Plague in India, 1896, 1897 - Volume 3
Year: 1896
Disease focus: Plague
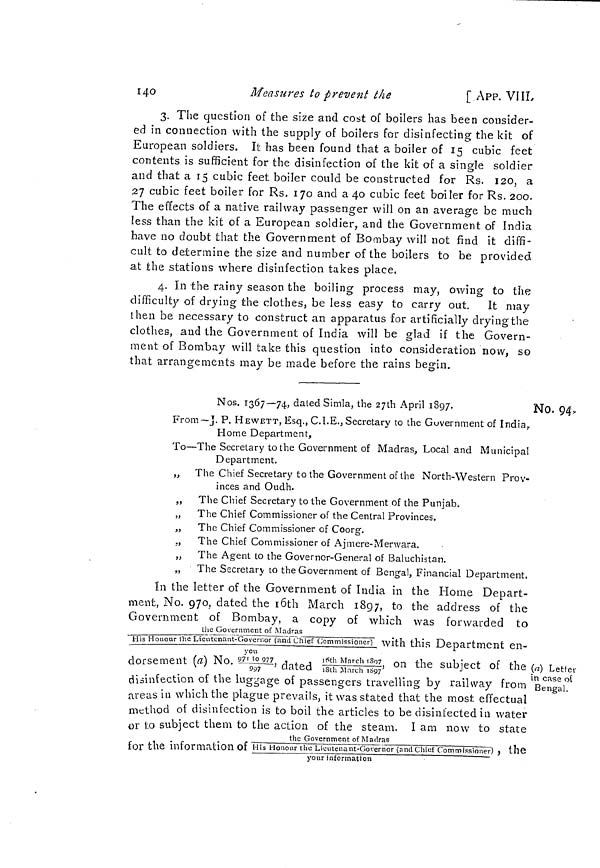
140
Measures to prevent the
[ APP. VIII
3. The question of the size and cost of boilers has been consider-
ed in connection with the supply of boilers for disinfecting the kit of
European soldiers. It has been found that a boiler of 15 cubic feet
contents is sufficient for the disinfection of the kit of a single soldier
and that a 15 cubic feet boiler could be constructed for Rs. 120, a
27 cubic feet boiler for Rs. 170 and a 40 cubic feet boiler for Rs. 200.
The effects of a native railway passenger will on an average be much
less than the kit of a European soldier, and the Government of India
have no doubt that the Government of Bombay will not find it diffi-
cult to determine the size and number of the boilers to be provided
at the stations where disinfection takes place.
4. In the rainy season the boiling process may, owing to the
difficulty of drying the clothes, be less easy to carry out. It may
then be necessary to construct an apparatus for artificially drying the
clothes, and the Government of India will be glad if the Govern-
ment of Bombay will take this question into consideration now, so
that arrangements may be made before the rains begin.
No. 94.
Nos. 1367—74, dated Simla, the 27th April 1897.
j
From—J. P. HEWETT, Esq., C.I.E., Secretary to the Government of India,
Home Department,
To—The Secretary to the Government of Madras, Local and Municipal
Department.
„ The Chief Secretary to the Government of the North-Western Prov-
inces and Oudh.
„ The Chief Secretary to the Government of the Punjab.
„ The Chief Commissioner of the Central Provinces.
„ The Chief Commissioner of Coorg.
„ The Chief Commissioner of Ajmere-Menvara.
„ The Agent to the Governor-General of Baluchistan.
„ The Secretary to the Government of Bengal, Financial Department.
(a) L etter
in case of
Bengal,
In the letter of the Government of India in the Home Depart-
ment, No. 970, dated the l6th March 1897, to the address of the
Government of Bombay, a copy of which was forwarded to
the Government of Madras
His Honour (he Lientcnant-Governor (and Chief Commissioner) with this Department
en
dorsement (a) No. 971 to 977/977, dated 16th March 1897/18th March 1897on the subject of the
:
disinfection of the luggage of passengers travelling by railway from
areas in which the plague prevails, it was stated that the most effectual
method of disinfection is to boil the articles to be disinfected in water
or to subject them to the action of the steam. I am now to state
the Government of Madras
for the information Of His Honour the LiciUenant-Govemor (and Chief Commissioner) , the
your information